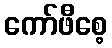
ကော်ဖီစေ့